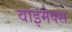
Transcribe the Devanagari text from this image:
वाइमेक्स